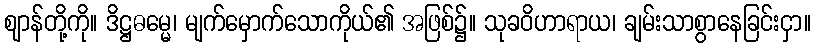
ဈာန်တို့ကို။ ဒိဋ္ဌဓမ္မေ၊ မျက်မှောက်သောကိုယ်၏ အဖြစ်၌။ သုခဝိဟာရာယ၊ ချမ်းသာစွာနေခြင်းငှာ။